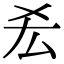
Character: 𠫤